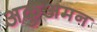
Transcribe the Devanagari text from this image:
अकुअमन